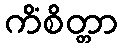
ကိံစိတ္တာ